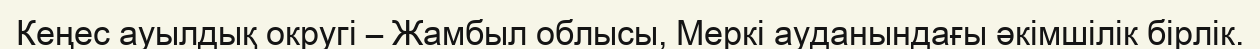
Кеңес ауылдық округі – Жамбыл облысы, Меркі ауданындағы әкімшілік бірлік.